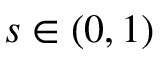
s \in ( 0 , 1 )